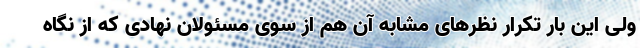
ولی این بار تکرار نظرهای مشابه آن هم از سوی مسئولان نهادی که از نگاه